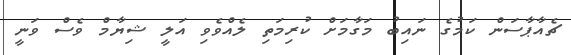
ޗެއާޕާސަން ކަމުގެ ނައިބު މަގާމަށް ކުރިމަތި ލެއްވެވި އަލީ ޝިޔާމް ވެސް ވަނީ